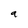
Character: a